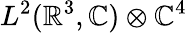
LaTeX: L^{2}(\mathbb{R}^{3},\mathbb{C})\otimes\mathbb{C}^{4}